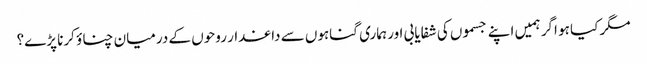
مگر کیا ہو اگر ہمیں اپنے جسموں کی شفایابی اور ہماری گناہوں سے داغدار روحوں کے درمیان چناؤ کرنا پڑے؟